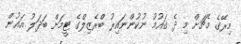
މިރޭގެ މެޗަށް މި ދެ ގައުމު ނުކުންނައިރު ބްރެޒިލްގެ ޓީމަށް ބަދަލު އައުން